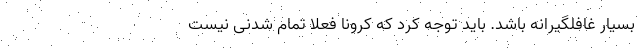
بسیار غافلگیرانه باشد. باید توجه کرد که کرونا فعلا تمام شدنی نیست